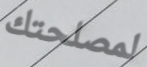
لمصلحتك